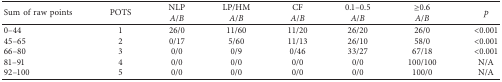
<table><thead><tr><td rowspan="2"><b>Sum of raw points</b></td><td rowspan="2"><b>POTS</b></td><td><b>NLP</b></td><td><b>LP/HM</b></td><td><b>CF</b></td><td><b>0.1–0.5</b></td><td><b>≥0.6</b></td><td rowspan="2"><b><i>p</i></b></td></tr><tr><td><b><i>A</i>/<i>B</i></b></td><td><b><i>A</i>/<i>B</i></b></td><td><b><i>A</i>/<i>B</i></b></td><td><b><i>A</i>/<i>B</i></b></td><td><b><i>A</i>/<i>B</i></b></td></tr></thead><tbody><tr><td>0–44</td><td>1</td><td>26/0</td><td>11/60</td><td>11/20</td><td>26/20</td><td>26/0</td><td>&lt;0.001</td></tr><tr><td>45–65</td><td>2</td><td>0/17</td><td>5/60</td><td>11/13</td><td>26/10</td><td>58/0</td><td>&lt;0.001</td></tr><tr><td>66–80</td><td>3</td><td>0/0</td><td>0/9</td><td>0/46</td><td>33/27</td><td>67/18</td><td>&lt;0.001</td></tr><tr><td>81–91</td><td>4</td><td>0/0</td><td>0/0</td><td>0/0</td><td>0/0</td><td>100/100</td><td>N/A</td></tr><tr><td>92–100</td><td>5</td><td>0/0</td><td>0/0</td><td>0/0</td><td>0/0</td><td>100/0</td><td>N/A</td></tr></tbody></table>